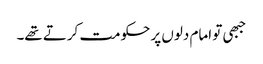
جبھی تو امام دلوں پر حکومت کرتے تھے۔